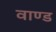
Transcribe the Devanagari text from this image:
वाण्ड